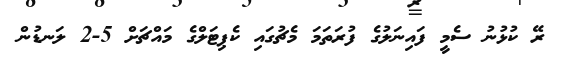
ރޭ ކުޅުނު ސެމީ ފައިނަލުގެ ފުރަތަމަ މެޗުގައި ކެޕިޓަލްގެ މައްޗަށް 5-2 ލަނޑުން